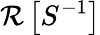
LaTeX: \mathcal{R}\left[S^{-1}\right]